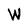
Character: W